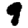
Digit: 9